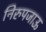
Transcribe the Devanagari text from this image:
निरुपजाऊ